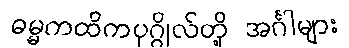
ဓမ္မကထိကပုဂ္ဂိုလ်တို့ အင်္ဂါများ